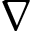
\nabla